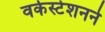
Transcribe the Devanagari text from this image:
वर्कस्टेशनने